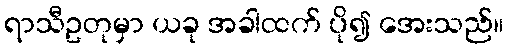
ရာသီဥတုမှာ ယခု အခါထက် ပို၍ အေးသည်။